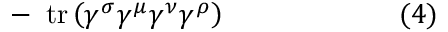
- \ \operatorname { t r } \left( \gamma ^ { \sigma } \gamma ^ { \mu } \gamma ^ { \nu } \gamma ^ { \rho } \right) \quad \quad \quad \quad \quad \quad ( 4 )